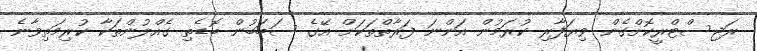
ރަޖިސްޓްރީކޮށްގެން ވިޔަފާރި ކުރަމުން އަންނަ ފަރާތްތަކަށް އޭގެ ސަބަބުން ބޮޑެތި ގެއްލުންތަކާ ކުރިމަތިވާނެ